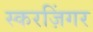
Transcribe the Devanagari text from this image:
स्करज़िंगर